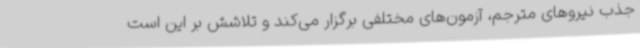
جذب نیروهای مترجم، آزمون‌های مختلفی برگزار می‌کند و تلاشش بر این است